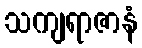
သကျရာဇာနံ